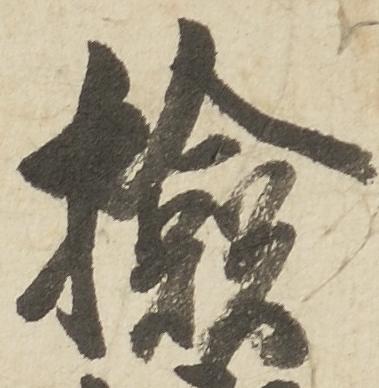
検